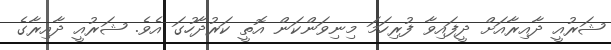
ޝަރުއީ ދާއިރާއަށް ދީފައިވާ ފުރިހަމަ މިނިވަންކަން އޮތީ ކަރުދާހުގަ އެވެ. ޝަރުއީ ދާއިރާގެ